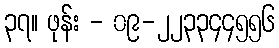
၃၇။ ဖုန်း - ၀၉-၂၂၃၃၄၄၅၅၆